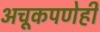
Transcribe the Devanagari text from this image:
अचूकपणेही